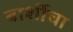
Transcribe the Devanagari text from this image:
बार्शीचा